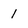
Character: 1